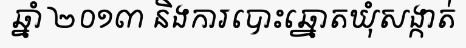
ឆ្នាំ ២០១៣ និងការបោះឆ្នោតឃុំសង្កាត់